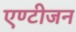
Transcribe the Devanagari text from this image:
एण्टीजन